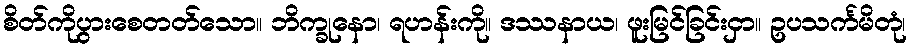
စိတ်ကိုပွားစေတတ်သော။ ဘိက္ခုနော၊ ရဟန်းကို။ ဒဿနာယ၊ ဖူးမြင်ခြင်းငှာ။ ဥပသင်္ကမိတုံ၊